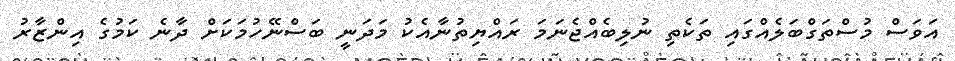
އަވަސް މުސްތަގްބަލެއްގައި ތަކެތި ނުލިބެއްޖެނަމަ ރައްޔިތުނާއެކު މަދަނީ ބަސްނޭހުމަކަށް ދާނެ ކަމުގެ އިންޒާރު